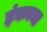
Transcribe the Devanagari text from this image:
इंकच्या